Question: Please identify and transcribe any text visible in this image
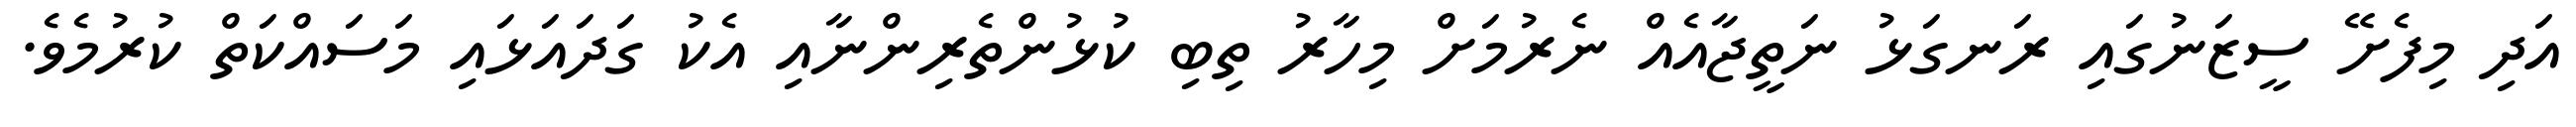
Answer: އަދި މިފެށޭ ސީޒަނުގައި ރަނގަޅު ނަތީޖާއެއް ނެރުމަށް މިހާރު ތިބި ކުޅުންތެރިންނާއި އެކު ގަދައަޅައި މަސައްކަތް ކުރުމެވެ.